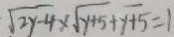
\sqrt { 2 y - 4 } \times \sqrt { y + 5 + y + 5 } = 1